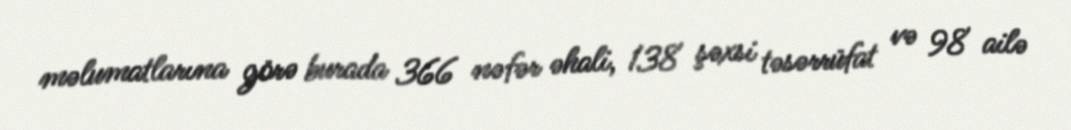
məlumatlarına görə burada 366 nəfər əhali, 138 şəxsi təsərrüfat və 98 ailə